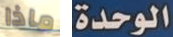
ماذا الوحدة